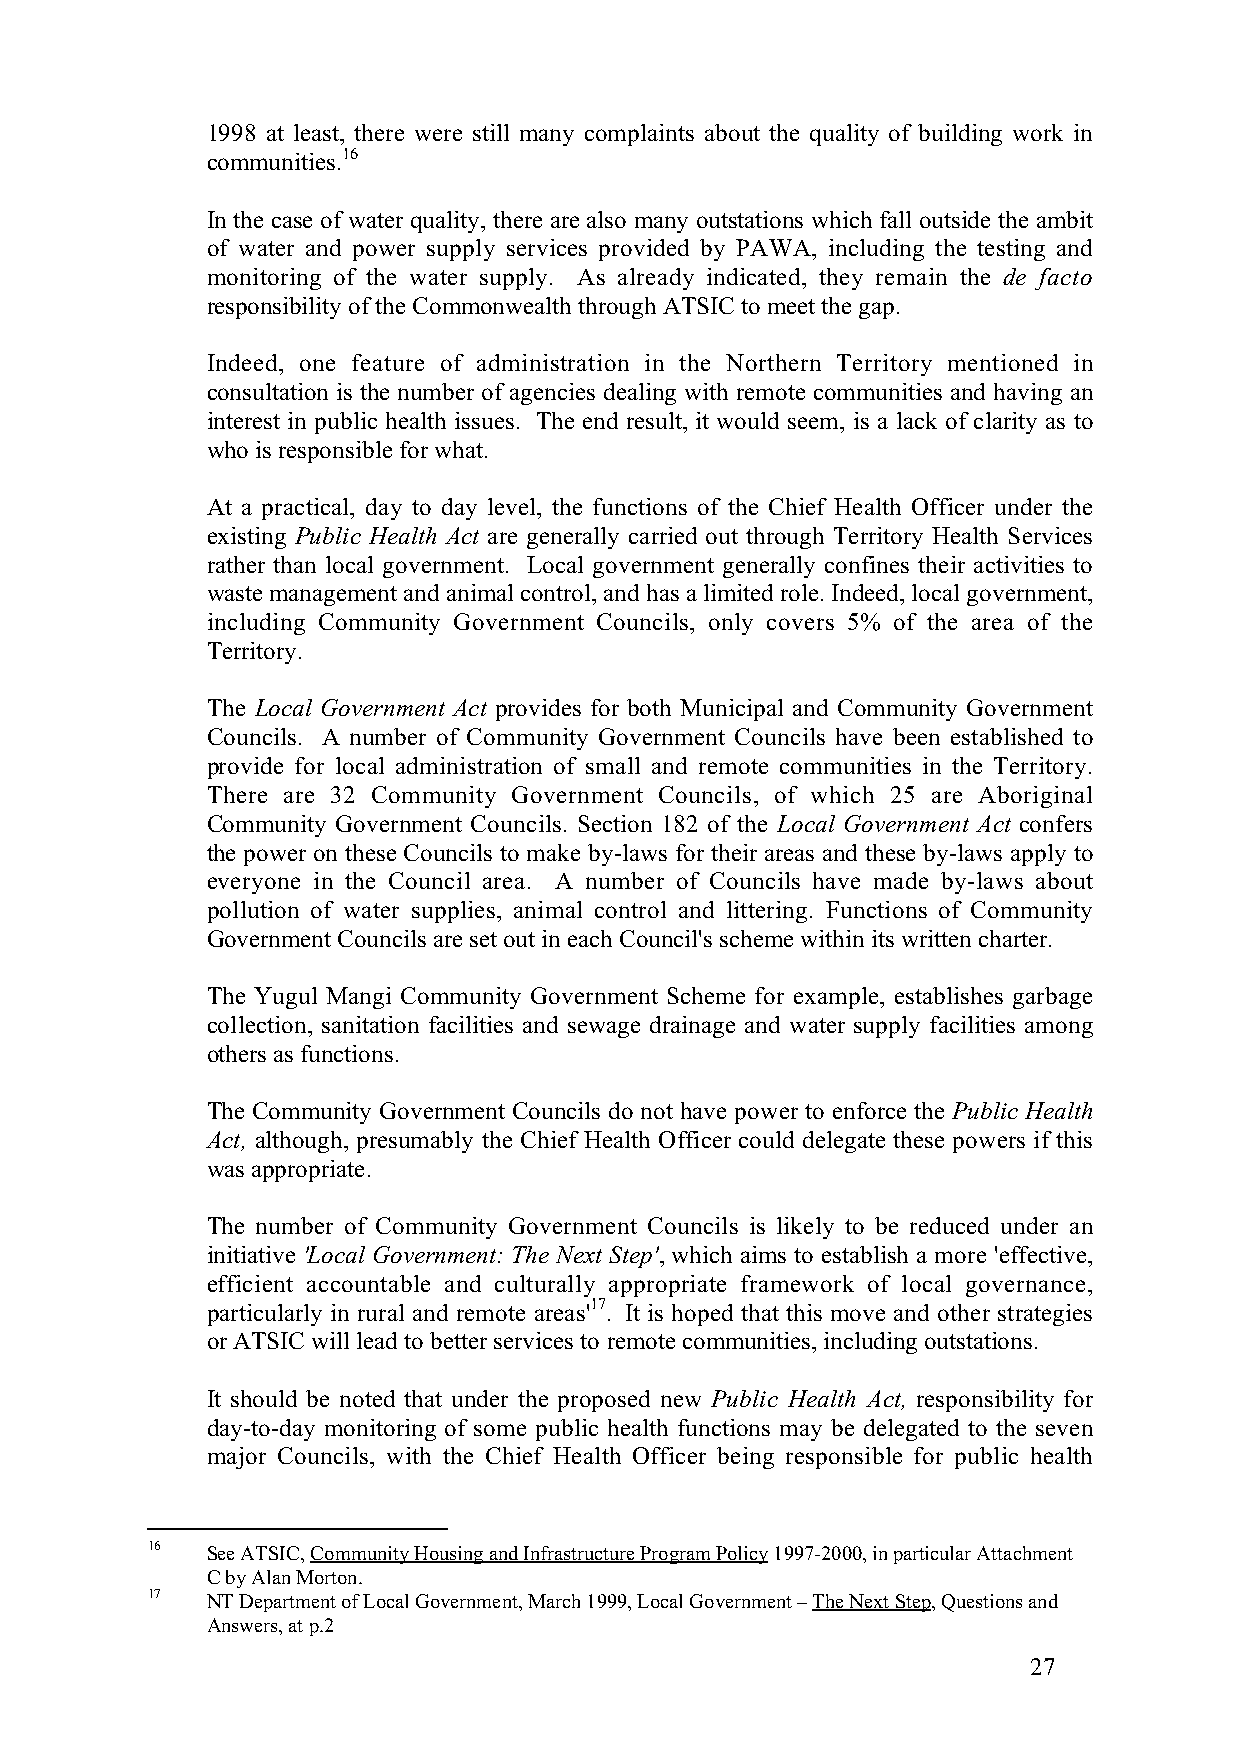
1998 at least, there were still many complaints about the quality of building work in
 communities.16
 In the case of water quality, there are also many outstations which fall outside the ambit
 of water and power supply services provided by PAWA, including the testing and
 monitoring of the water supply. As already indicated, they remain the de facto
 responsibility of the Commonwealth through ATSIC to meet the gap.
 Indeed, one feature of administration in the Northern Territory mentioned in
 consultation is the number of agencies dealing with remote communities and having an
 interest in public health issues. The end result, it would seem, is a lack of clarity as to
 who is responsible for what.
 At a practical, day to day level, the functions of the Chief Health Officer under the
 existing Public Health Act are generally carried out through Territory Health Services
 rather than local government. Local government generally confines their activities to
 waste management and animal control, and has a limited role. Indeed, local government,
 including Community Government Councils, only covers 5% of the area of the
 Territory.
 The Local Government Act provides for both Municipal and Community Government
 Councils. A number of Community Government Councils have been established to
 provide for local administration of small and remote communities in the Territory.
 There are 32 Community Government Councils, of which 25 are Aboriginal
 Community Government Councils. Section 182 of the Local Government Act confers
 the power on these Councils to make by-laws for their areas and these by-laws apply to
 everyone in the Council area. A number of Councils have made by-laws about
 pollution of water supplies, animal control and littering. Functions of Community
 Government Councils are set out in each Council's scheme within its written charter.
 The Yugul Mangi Community Government Scheme for example, establishes garbage
 collection, sanitation facilities and sewage drainage and water supply facilities among
 others as functions.
 The Community Government Councils do not have power to enforce the Public Health
 Act, although, presumably the Chief Health Officer could delegate these powers if this
 was appropriate.
 The number of Community Government Councils is likely to be reduced under an
 initiative 'Local Government: The Next Step', which aims to establish a more 'effective,
 efficient accountable and culturally appropriate framework of local governance,
 particularly in rural and remote areas'17. It is hoped that this move and other strategies
 or ATSIC will lead to better services to remote communities, including outstations.
 It should be noted that under the proposed new Public Health Act, responsibility for
 day-to-day monitoring of some public health functions may be delegated to the seven
 major Councils, with the Chief Health Officer being responsible for public health
 16  See ATSIC, Community Housing and Infrastructure Program Policy 1997-2000, in particular Attachment
 C by Alan Morton.
 17  NT Department of Local Government, March 1999, Local Government – The Next Step, Questions and
 Answers, at p.2
 27